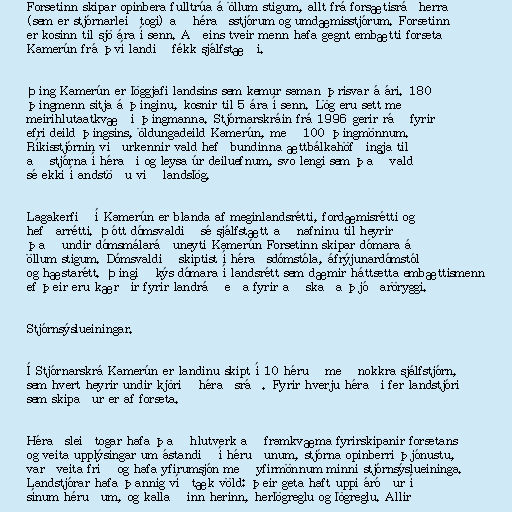
Forsetinn skipar opinbera fulltrúa á öllum stigum, allt frá forsætisráðherra
(sem er stjórnarleiðtogi) að héraðsstjórum og umdæmisstjórum. Forsetinn
er kosinn til sjö ára í senn. Aðeins tveir menn hafa gegnt embætti forseta
Kamerún frá því landið fékk sjálfstæði.

Þing Kamerún er löggjafi landsins sem kemur saman þrisvar á ári. 180
þingmenn sitja á þinginu, kosnir til 5 ára í senn. Lög eru sett með
meirihlutaatkvæði þingmanna. Stjórnarskráin frá 1996 gerir ráð fyrir
efri deild þingsins, öldungadeild Kamerún, með 100 þingmönnum.
Ríkisstjórnin viðurkennir vald hefðbundinna ættbálkahöfðingja til
að stjórna í héraði og leysa úr deiluefnum, svo lengi sem það vald
sé ekki í andstöðu við landslög.

Lagakerfið í Kamerún er blanda af meginlandsrétti, fordæmisrétti og
hefðarrétti. Þótt dómsvaldið sé sjálfstætt að nafninu til heyrir
það undir dómsmálaráðuneyti Kamerún Forsetinn skipar dómara á
öllum stigum. Dómsvaldið skiptist í héraðsdómstóla, áfrýjunardómstól
og hæstarétt. Þingið kýs dómara í landsrétt sem dæmir háttsetta embættismenn
ef þeir eru kærðir fyrir landráð eða fyrir að skaða þjóðaröryggi.

Stjórnsýslueiningar.

Í Stjórnarskrá Kamerún er landinu skipt í 10 héruð með nokkra sjálfstjórn,
sem hvert heyrir undir kjörið héraðsráð. Fyrir hverju héraði fer landstjóri
sem skipaður er af forseta.

Héraðsleiðtogar hafa það hlutverk að framkvæma fyrirskipanir forsetans
og veita upplýsingar um ástandið í héruðunum, stjórna opinberri þjónustu,
varðveita frið og hafa yfirumsjón með yfirmönnum minni stjórnsýslueininga.
Landstjórar hafa þannig víðtæk völd: þeir geta haft uppi áróður í
sínum héruðum, og kallað inn herinn, herlögreglu og lögreglu. Allir